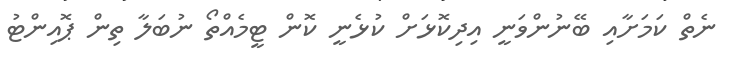
ނެތް ކަމަށާއި ބޭނުންވަނީ އިދިކޮޅަށް ކުޅެނީ ކޮން ޓީމެއްތޯ ނުބަލާ ތިން ޕޮއިންޓު